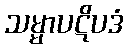
သမ္မာပဋိပဒံ